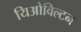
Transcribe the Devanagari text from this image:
यिओविल्टन